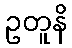
ဥတူနိ